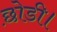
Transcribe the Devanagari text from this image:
छ़ोडी।